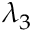
\lambda _ { 3 }